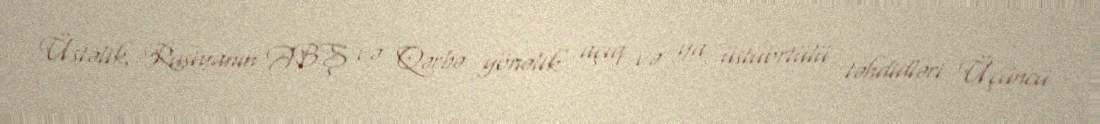
Üstəlik, Rusiyanın ABŞ və Qərbə yönəlik açıq və ya üstüörtülü təhdidləri Üçüncü